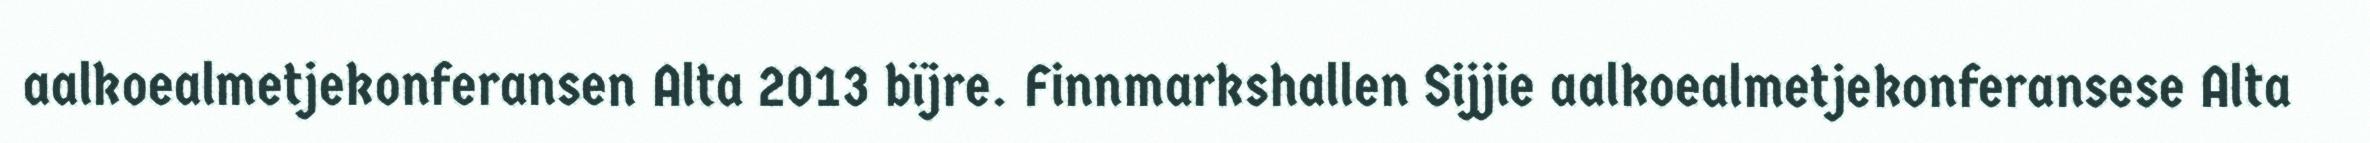
aalkoealmetjekonferansen Alta 2013 bïjre. Finnmarkshallen Sijjie aalkoealmetjekonferansese Alta